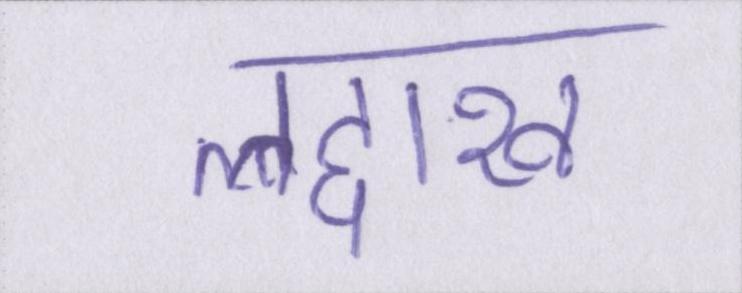
लद्दाख